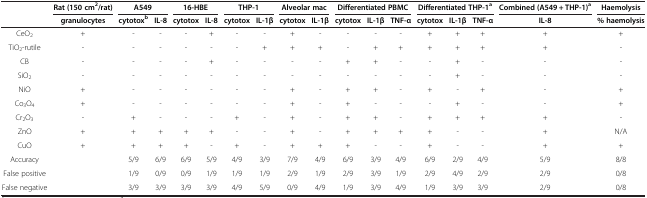
<table><thead><tr><td><b> </b></td><td><b>Rat (150 cm<sup>2</sup>/rat)</b></td><td colspan="2"><b>A549</b></td><td colspan="2"><b>16-HBE</b></td><td colspan="2"><b>THP-1</b></td><td colspan="2"><b>Alveolar mac</b></td><td colspan="3"><b>Differentiated PBMC</b></td><td colspan="3"><b>Differentiated THP-1<sup>a</sup></b></td><td><b>Combined (A549 + THP-1)<sup>a</sup></b></td><td><b>Haemolysis</b></td></tr><tr><td><b> </b></td><td><b>granulocytes</b></td><td><b>cytotox<sup>b</sup></b></td><td><b>IL-8</b></td><td><b>cytotox</b></td><td><b>IL-8</b></td><td><b>cytotox</b></td><td><b>IL-1β</b></td><td><b>cytotox</b></td><td><b>IL-1β</b></td><td><b>cytotox</b></td><td><b>IL-1β</b></td><td><b>TNF-α</b></td><td><b>cytotox</b></td><td><b>IL-1β</b></td><td><b>TNF-α</b></td><td><b>IL-8</b></td><td><b>% haemolysis</b></td></tr></thead><tbody><tr><td>CeO<sub>2</sub></td><td>+</td><td>-</td><td>-</td><td>-</td><td>+</td><td>-</td><td>-</td><td>+</td><td>-</td><td>-</td><td>-</td><td>-</td><td>+</td><td>+</td><td>+</td><td>+</td><td>+</td></tr><tr><td>TiO<sub>2</sub>-rutile</td><td>-</td><td>-</td><td>-</td><td>-</td><td>-</td><td>-</td><td>+</td><td>+</td><td>+</td><td>-</td><td>+</td><td>+</td><td>+</td><td>+</td><td>+</td><td>+</td><td>-</td></tr><tr><td>CB</td><td>-</td><td>-</td><td>-</td><td>-</td><td>+</td><td>-</td><td>-</td><td>-</td><td>-</td><td>+</td><td>+</td><td>-</td><td>-</td><td>+</td><td>-</td><td>-</td><td>-</td></tr><tr><td>SiO<sub>2</sub></td><td>-</td><td>-</td><td>-</td><td>-</td><td>-</td><td>-</td><td>-</td><td>-</td><td>-</td><td>-</td><td>-</td><td>-</td><td>-</td><td>+</td><td>-</td><td>-</td><td>-</td></tr><tr><td>NiO</td><td>+</td><td>-</td><td>-</td><td>-</td><td>-</td><td>-</td><td>-</td><td>+</td><td>-</td><td>+</td><td>+</td><td>-</td><td>+</td><td>-</td><td>+</td><td>-</td><td>+</td></tr><tr><td>Co<sub>3</sub>O<sub>4</sub></td><td>+</td><td>-</td><td>-</td><td>-</td><td>-</td><td>-</td><td>-</td><td>+</td><td>-</td><td>+</td><td>-</td><td>-</td><td>-</td><td>+</td><td>-</td><td>-</td><td>+</td></tr><tr><td>Cr<sub>2</sub>O<sub>3</sub></td><td>-</td><td>+</td><td>-</td><td>-</td><td>-</td><td>+</td><td>-</td><td>+</td><td>-</td><td>+</td><td>+</td><td>-</td><td>+</td><td>+</td><td>+</td><td>+</td><td>-</td></tr><tr><td>ZnO</td><td>+</td><td>+</td><td>+</td><td>+</td><td>+</td><td>-</td><td>-</td><td>+</td><td>-</td><td>+</td><td>+</td><td>+</td><td>+</td><td>-</td><td>-</td><td>+</td><td>N/A</td></tr><tr><td>CuO</td><td>+</td><td>+</td><td>+</td><td>+</td><td>-</td><td>+</td><td>-</td><td>+</td><td>+</td><td>+</td><td>-</td><td>-</td><td>+</td><td>-</td><td>-</td><td>+</td><td>+</td></tr><tr><td>Accuracy</td><td> </td><td>5/9</td><td>6/9</td><td>6/9</td><td>5/9</td><td>4/9</td><td>3/9</td><td>7/9</td><td>4/9</td><td>6/9</td><td>3/9</td><td>4/9</td><td>6/9</td><td>2/9</td><td>4/9</td><td>5/9</td><td>8/8</td></tr><tr><td>False positive</td><td> </td><td>1/9</td><td>0/9</td><td>0/9</td><td>1/9</td><td>1/9</td><td>1/9</td><td>2/9</td><td>1/9</td><td>2/9</td><td>3/9</td><td>1/9</td><td>2/9</td><td>4/9</td><td>2/9</td><td>2/9</td><td>0/8</td></tr><tr><td>False negative</td><td> </td><td>3/9</td><td>3/9</td><td>3/9</td><td>3/9</td><td>4/9</td><td>5/9</td><td>0/9</td><td>4/9</td><td>1/9</td><td>3/9</td><td>4/9</td><td>1/9</td><td>3/9</td><td>3/9</td><td>2/9</td><td>0/8</td></tr></tbody></table>